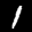
Label: 1